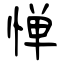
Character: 惮